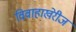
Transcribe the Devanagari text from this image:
विवाहाखेरीज